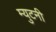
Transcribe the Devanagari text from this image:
म्युटनी